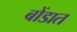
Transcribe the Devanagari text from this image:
बोंडात